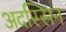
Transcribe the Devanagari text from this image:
अदस्सिन